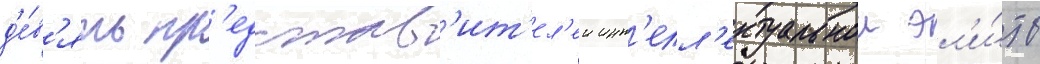
д'е́в'ять пр'едстав'ит'ел'еи инт'елл'ектуальнои эл'и́ты